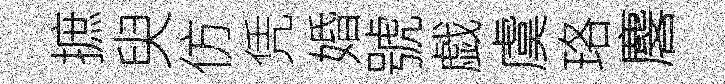
摭臾仿凭婚號戯虞珞麐